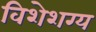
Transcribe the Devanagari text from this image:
विशेशग्य